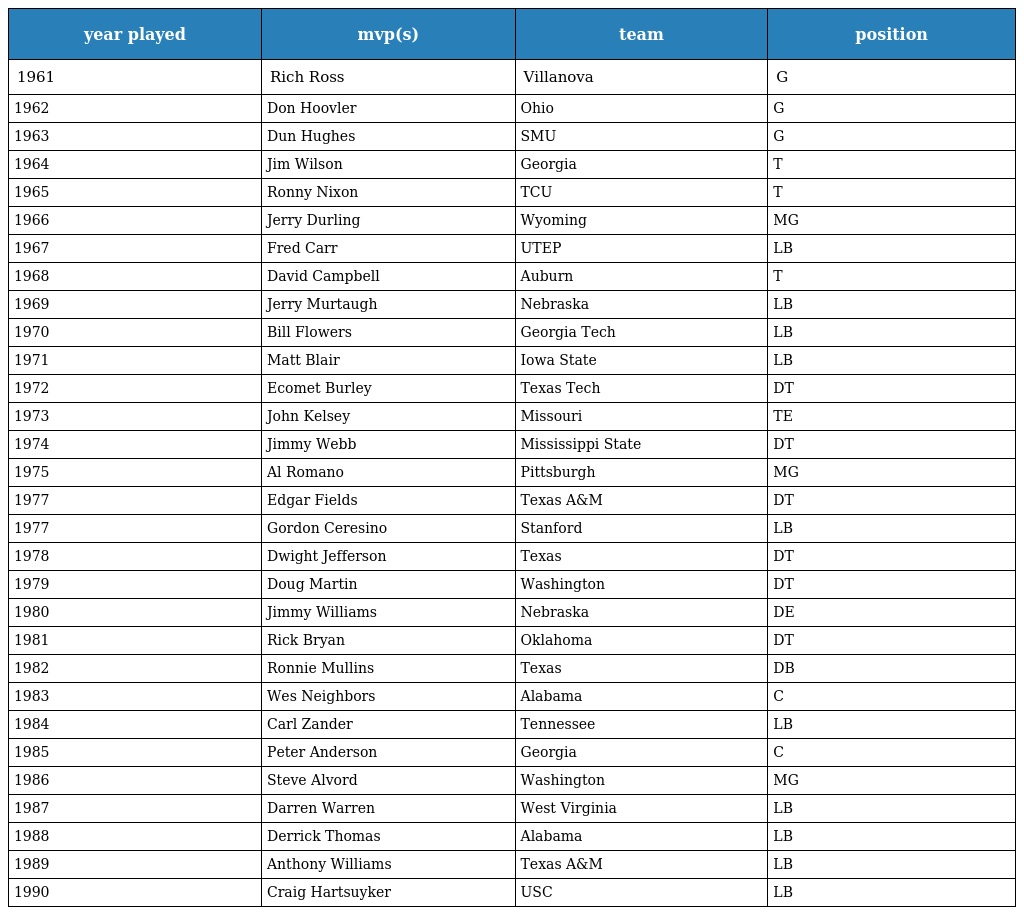
| year played | mvp(s) | team | position |
 | --- | --- | --- | --- |
 | 1961 | Rich Ross | Villanova | G |
 | 1962 | Don Hoovler | Ohio | G |
 | 1963 | Dun Hughes | SMU | G |
 | 1964 | Jim Wilson | Georgia | T |
 | 1965 | Ronny Nixon | TCU | T |
 | 1966 | Jerry Durling | Wyoming | MG |
 | 1967 | Fred Carr | UTEP | LB |
 | 1968 | David Campbell | Auburn | T |
 | 1969 | Jerry Murtaugh | Nebraska | LB |
 | 1970 | Bill Flowers | Georgia Tech | LB |
 | 1971 | Matt Blair | Iowa State | LB |
 | 1972 | Ecomet Burley | Texas Tech | DT |
 | 1973 | John Kelsey | Missouri | TE |
 | 1974 | Jimmy Webb | Mississippi State | DT |
 | 1975 | Al Romano | Pittsburgh | MG |
 | 1977 | Edgar Fields | Texas A&M | DT |
 | 1977 | Gordon Ceresino | Stanford | LB |
 | 1978 | Dwight Jefferson | Texas | DT |
 | 1979 | Doug Martin | Washington | DT |
 | 1980 | Jimmy Williams | Nebraska | DE |
 | 1981 | Rick Bryan | Oklahoma | DT |
 | 1982 | Ronnie Mullins | Texas | DB |
 | 1983 | Wes Neighbors | Alabama | C |
 | 1984 | Carl Zander | Tennessee | LB |
 | 1985 | Peter Anderson | Georgia | C |
 | 1986 | Steve Alvord | Washington | MG |
 | 1987 | Darren Warren | West Virginia | LB |
 | 1988 | Derrick Thomas | Alabama | LB |
 | 1989 | Anthony Williams | Texas A&M | LB |
 | 1990 | Craig Hartsuyker | USC | LB |